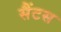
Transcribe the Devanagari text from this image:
सैंटस